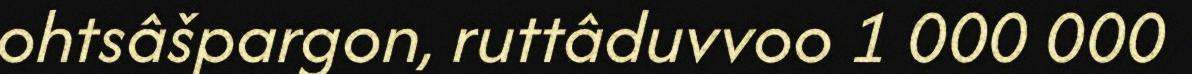
ohtsâšpargon, ruttâduvvoo 1 000 000